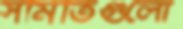
সমিতিগুলো